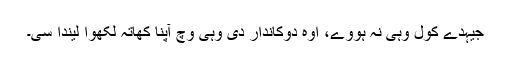
جیہدے کول وہی نہ ہووے، اوہ دوکاندار دی وہی وچ آپنا کھاتہ لکھوا لیندا سی۔